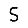
Digit: 5